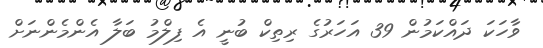
ވާހަކަ ދައްކަމުން 39 އަހަރުގެ ރިތިކް ބުނީ އެ ފިލްމު ބަލާ އެންމެންނަށް